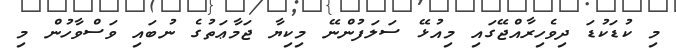
މި ކުޑަކުޑަ ދިވެހިރާއްޖޭގައި މިއުޅޭ ސަލަފުންނޭ މިކިޔާ ޖަމާޢަތުގެ ނުބައި ވަސްވާހުން މި